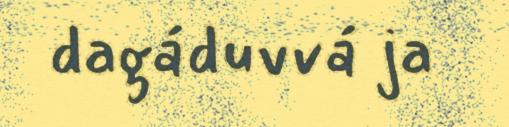
dagáduvvá ja